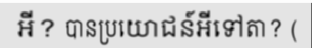
អី? បានប្រយោជន៍អីទៅតា? (